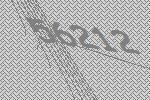
56212